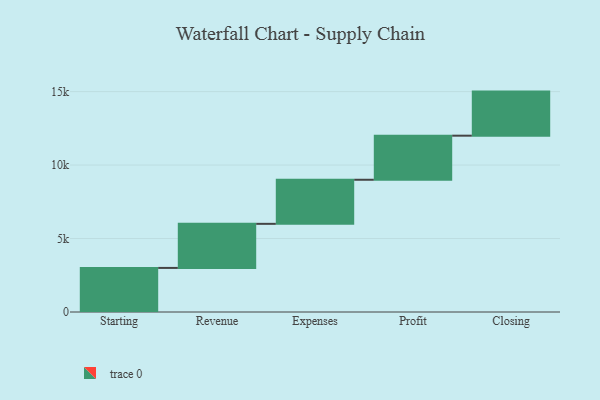
{"axis": {"x": "Step", "y": "Value"}, "legend": [""], "data": [{"x": "Starting", "y": 3000, "type": ""}, {"x": "Revenue", "y": 3000, "type": ""}, {"x": "Expenses", "y": 3000, "type": ""}, {"x": "Profit", "y": 3000, "type": ""}, {"x": "Closing", "y": 3000, "type": ""}]}